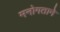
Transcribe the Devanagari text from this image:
मनोगताने